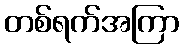
တစ်ရက်အကြာ